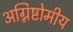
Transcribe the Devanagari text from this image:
अग्निष्टोमीय